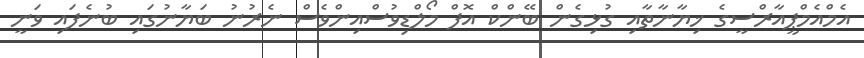
އެމްއެމްޕީއާރްސީގެ ޚިޔާނާތާއި ގުޅިގެން ބޭންކް އޮފް މޯލްޑިވުސްއިންވެސް ނެރުނު ބަޔާނުގައި ބުނެފައި ވަނީ